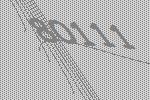
80111